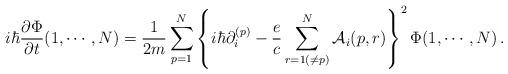
LaTeX: \begin{align*}i\hbar {\partial\Phi \over \partial t} (1, \cdots, N)= {1 \over 2m} \sum^N_{p=1}\left\{i\hbar \partial_i^{(p)} - {e \over c}\sum^N_{r=1(\ne p)} {\cal A}_i (p,r) \right\}^2\Phi(1, \cdots, N)\,.\end{align*}